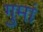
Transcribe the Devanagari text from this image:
गुमां